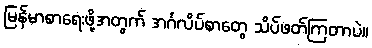
မြန်မာစာရေးဖို့အတွက် အင်္ဂလိပ်စာတွေ သိပ်ဖတ်ကြတာပဲ။